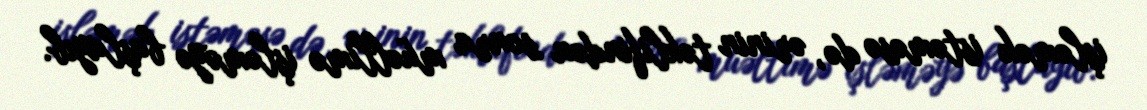
işləmək istəməsə də, ərinin təklifindən sonra müəllimə işləməyə başlayıb.